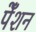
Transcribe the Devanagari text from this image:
पेँशन